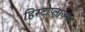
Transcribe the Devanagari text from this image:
हिस्टोप्लाज़्मा